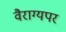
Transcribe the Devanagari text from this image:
वैराग्यपर